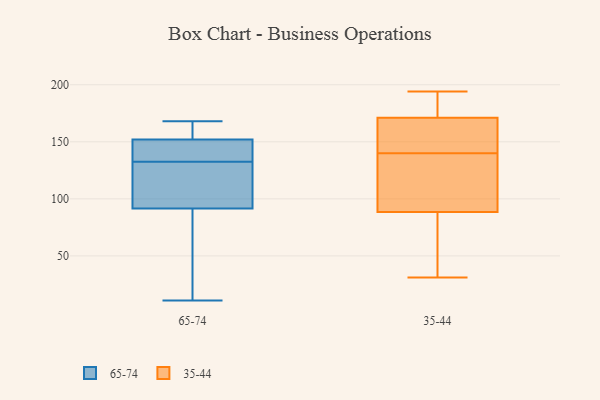
{"axis": {"x": "Waste Production (Tons)", "y": "Value"}, "legend": ["35-44", "65-74"], "data": [{"x": "", "y": 78, "type": "65-74"}, {"x": "", "y": 133, "type": "65-74"}, {"x": "", "y": 114, "type": "65-74"}, {"x": "", "y": 140, "type": "65-74"}, {"x": "", "y": 132, "type": "65-74"}, {"x": "", "y": 157, "type": "65-74"}, {"x": "", "y": 147, "type": "65-74"}, {"x": "", "y": 38, "type": "65-74"}, {"x": "", "y": 105, "type": "65-74"}, {"x": "", "y": 168, "type": "65-74"}, {"x": "", "y": 11, "type": "65-74"}, {"x": "", "y": 157, "type": "65-74"}, {"x": "", "y": 138, "type": "35-44"}, {"x": "", "y": 189, "type": "35-44"}, {"x": "", "y": 84, "type": "35-44"}, {"x": "", "y": 132, "type": "35-44"}, {"x": "", "y": 194, "type": "35-44"}, {"x": "", "y": 142, "type": "35-44"}, {"x": "", "y": 31, "type": "35-44"}, {"x": "", "y": 155, "type": "35-44"}, {"x": "", "y": 45, "type": "35-44"}, {"x": "", "y": 168, "type": "35-44"}, {"x": "", "y": 93, "type": "35-44"}, {"x": "", "y": 174, "type": "35-44"}]}